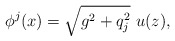
\begin{align*}\phi^j(x)=\sqrt{g^2+q_j^2}\ u(z),\end{align*}